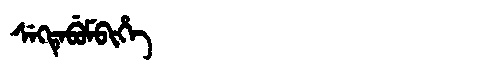
Manchu: ᠰᡝᡴᡨᡝᠪᡠᠮᠪᡳᡥᡝ
Romanization: SEKTEBUMBIHE